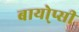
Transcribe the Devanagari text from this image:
बायो्प्सी